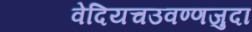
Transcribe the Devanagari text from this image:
वेदियचउवण्णजुदा